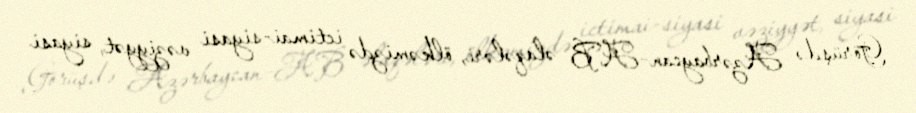
Görüşdə Azərbaycan-AB əlaqələri, ölkəmizdə ictimai-siyasi vəziyyət, siyasi